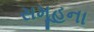
સમૂહના